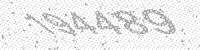
Solution: 194489